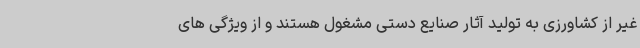
غیر از کشاورزی به تولید آثار صنایع دستی مشغول هستند و از ویژگی های